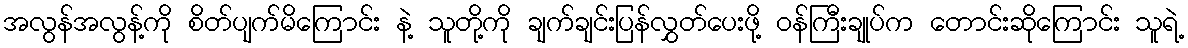
အလွန်အလွန့်ကို စိတ်ပျက်မိကြောင်း နဲ့ သူတို့ကို ချက်ချင်းပြန်လွှတ်ပေးဖို့ ဝန်ကြီးချုပ်က တောင်းဆိုကြောင်း သူရဲ့